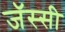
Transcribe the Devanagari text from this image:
जॅस्सी